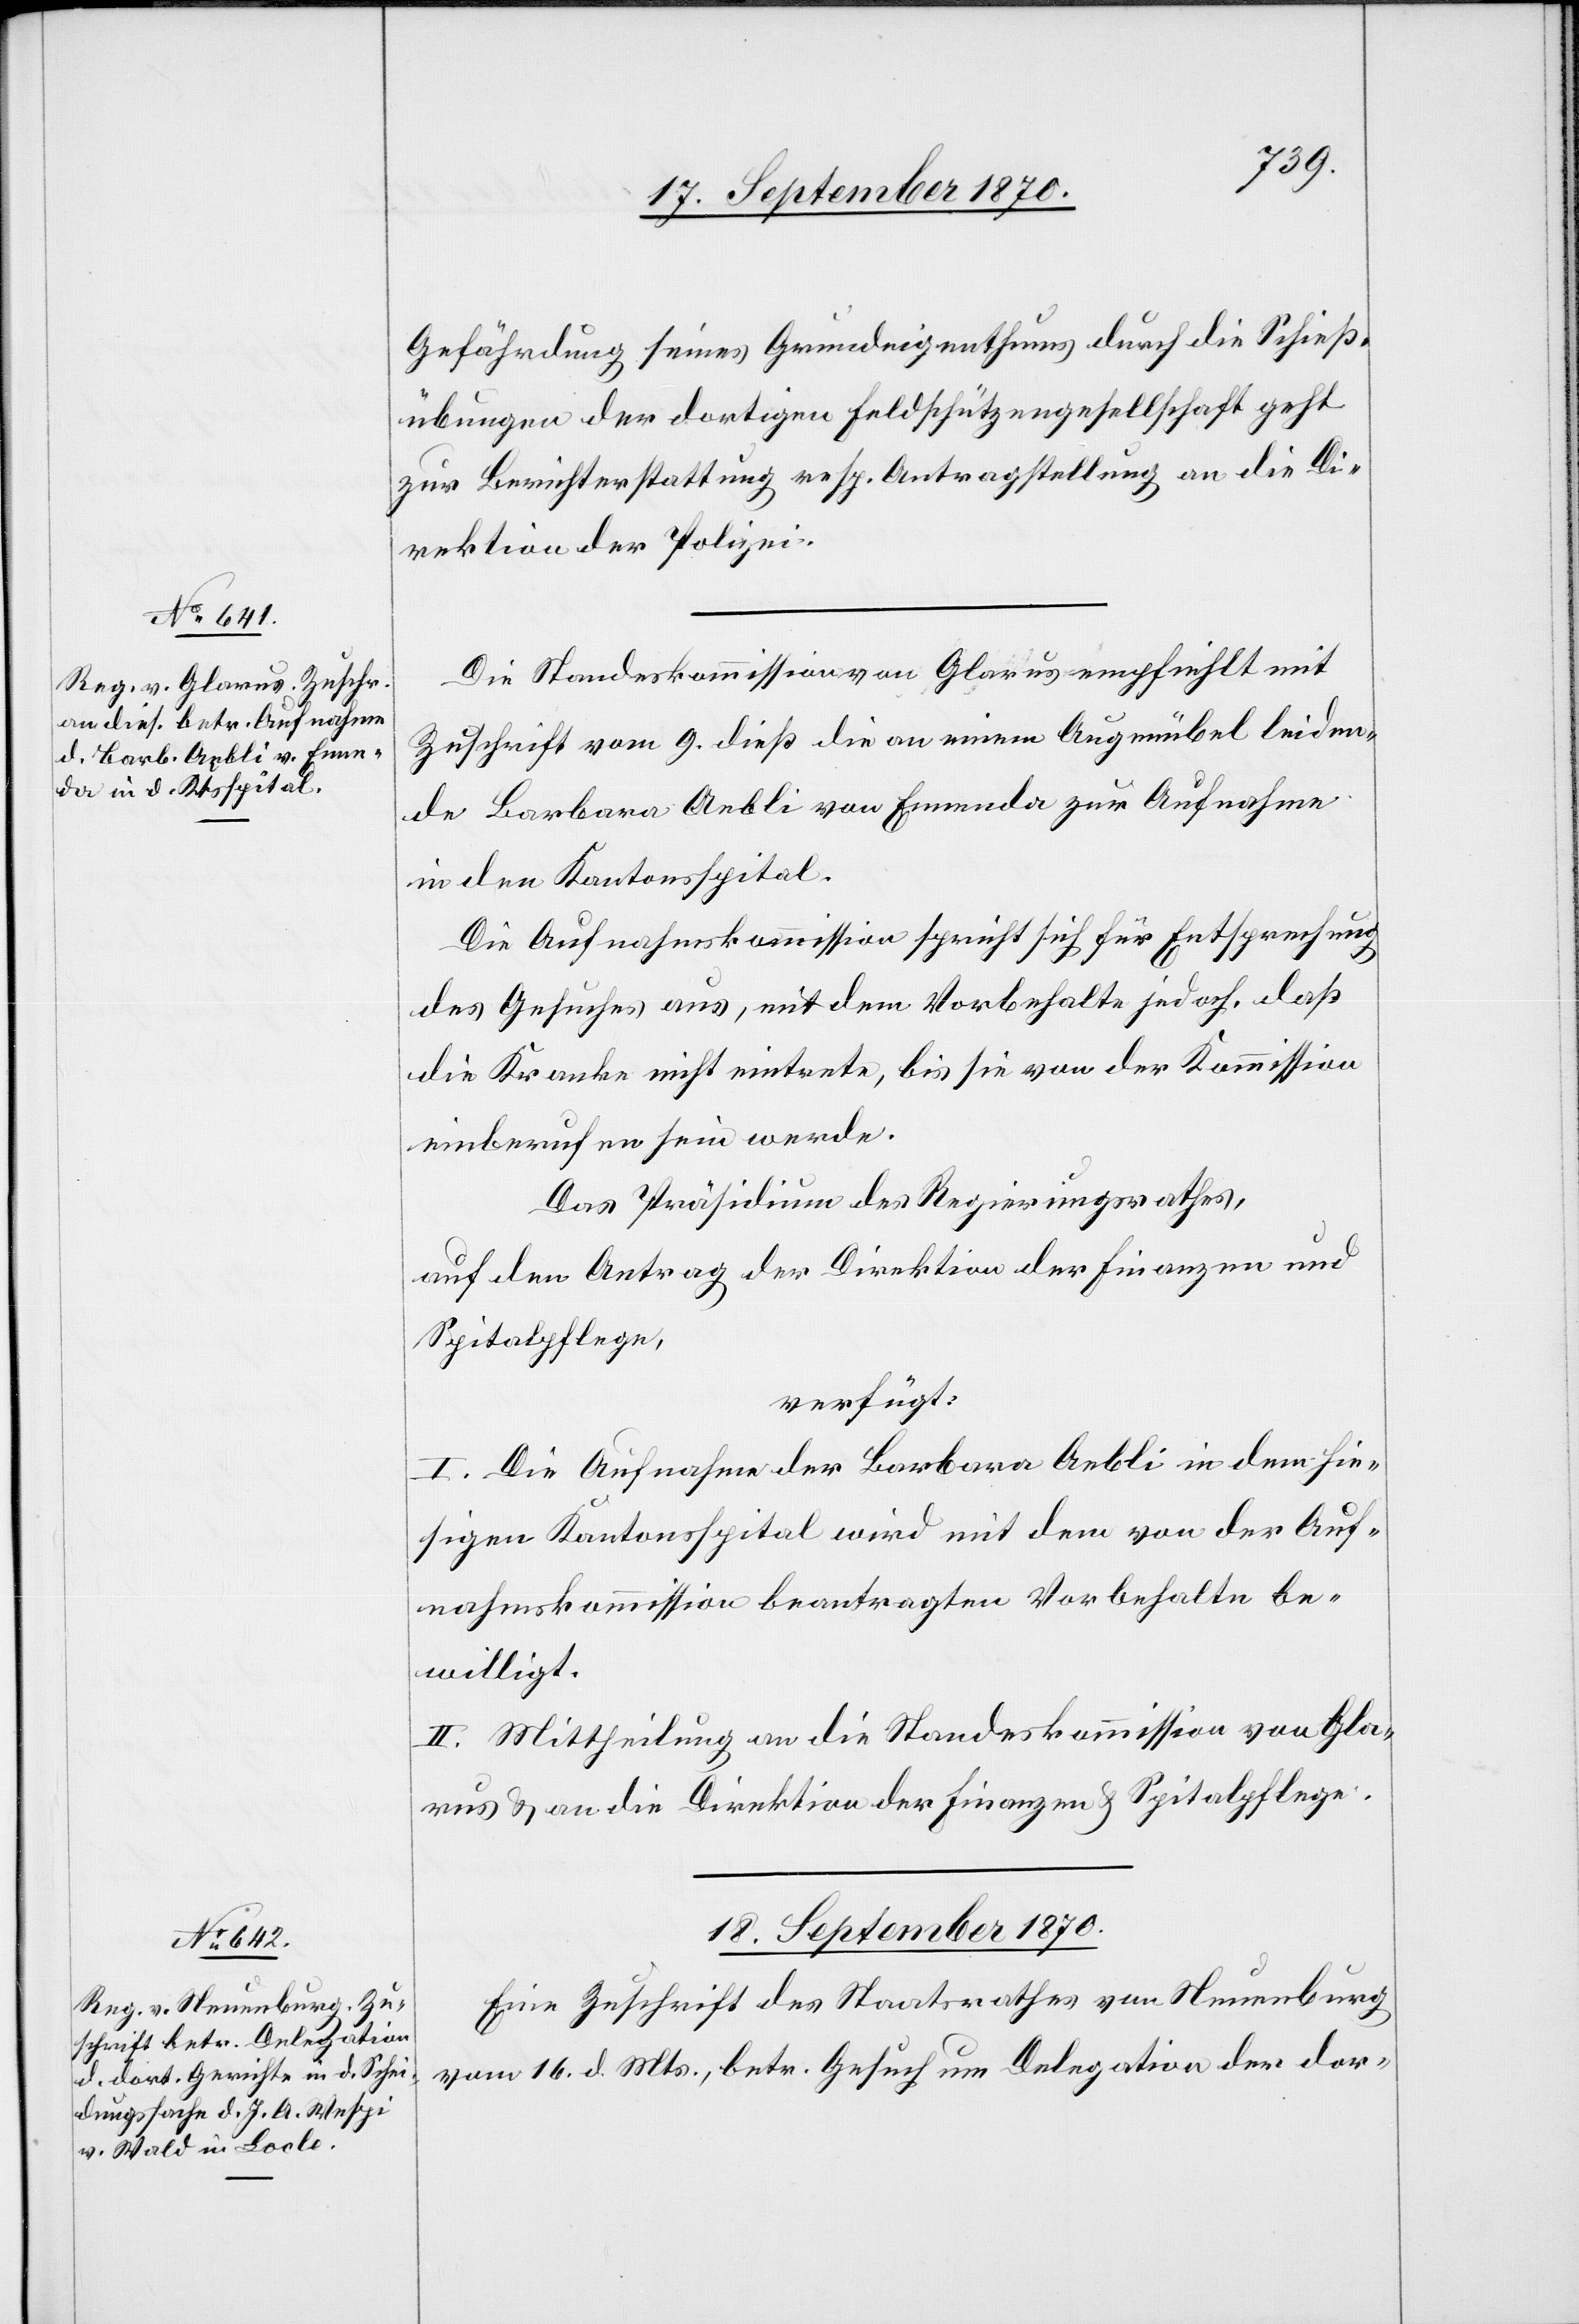
17. September 1870.]
Gefährdung seines Grundeigenthums durch die Schieß¬
übungen der dortigen Feldschützengesellschaft geht
zur Berichterstattung resp. Antragstellung an die Di¬
rektion der Polizei.
Die Standeskommission von Glarus empfiehlt mit
Zuschrift vom 9. dieß die an einem Augenübel leiden¬
de Barbara Aebli von Ennenda zur Aufnahme
in den Kantonsspital.
Die Aufnahmskommission spricht sich für Entsprechung
des Gesuches aus, mit dem Vorbehalte jedoch, daß
die Kranke nicht eintrete, bis sie von der Kommission
einberufen sein werde.
Das Präsidium des Regierungsrathes,
auf den Antrag der Direktion der Finanzen &
Spitalpflege,
verfügt:
I. Die Aufnahme der Barbara Aebli in den hie¬
sigen Kantonsspital wird mit dem von der Auf¬
nahmskommission beantragten Vorbehalte be¬
willigt.
II. Mittheilung an die Standeskommission von Gla¬
rus & an die Direktion der Finanzen & Spitalpflege.
18. September 1870.
Eine Zuschrift des Staatsrathes von Neuenburg
vom 16. d. Mts., betr. Gesuch um Delegation der dor-